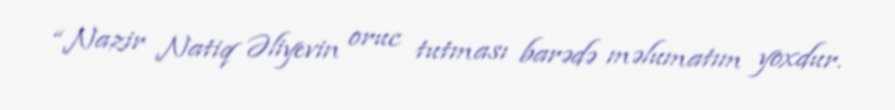
“Nazir Natiq Əliyevin oruc tutması barədə məlumatım yoxdur.